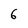
Character: 6